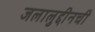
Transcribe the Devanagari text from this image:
जलालुद्दीनची